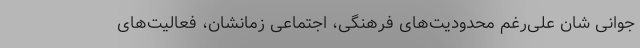
جوانی شان علی‌رغم محدودیت‌های فرهنگی، اجتماعی زمانشان، فعالیت‌های